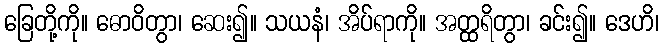
ခြေတို့ကို။ ဓောဝိတွာ၊ ဆေး၍။ သယနံ၊ အိပ်ရာကို။ အတ္ထရိတွာ၊ ခင်း၍။ ဒေဟိ၊